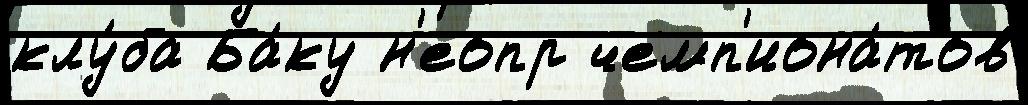
клу́ба Ба́ку н'еопр чемп'иона́тов